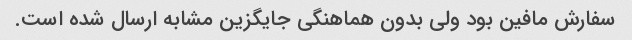
سفارش مافین بود ولی بدون هماهنگی جایگزین مشابه ارسال شده است.